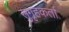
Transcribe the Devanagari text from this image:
सुगृहकर्ता